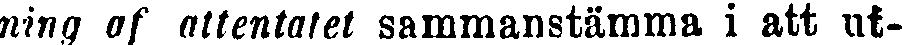
ning af attentatet sammanstämma i att ut-